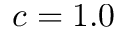
c = 1 . 0